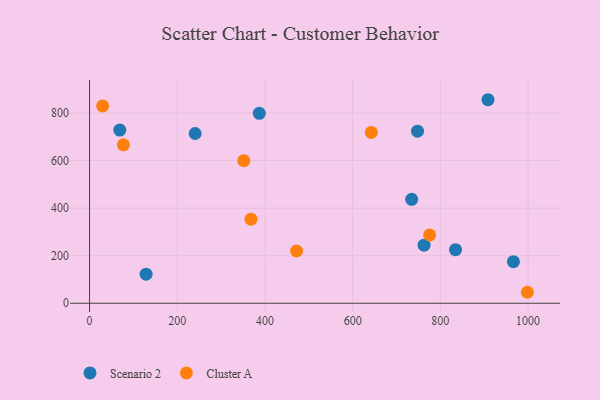
{"axis": {"x": "Experience", "y": "Exam Score"}, "legend": ["Cluster A", "Scenario 2"], "data": [{"x": "128.9", "y": 122.5, "type": "Scenario 2"}, {"x": "748.0", "y": 723.5, "type": "Scenario 2"}, {"x": "966.7", "y": 174.7, "type": "Scenario 2"}, {"x": "68.9", "y": 728.3, "type": "Scenario 2"}, {"x": "908.7", "y": 855.8, "type": "Scenario 2"}, {"x": "240.8", "y": 713.7, "type": "Scenario 2"}, {"x": "734.6", "y": 437.2, "type": "Scenario 2"}, {"x": "762.8", "y": 244.2, "type": "Scenario 2"}, {"x": "834.6", "y": 225.4, "type": "Scenario 2"}, {"x": "387.1", "y": 798.5, "type": "Scenario 2"}, {"x": "642.5", "y": 718.4, "type": "Cluster A"}, {"x": "775.6", "y": 287.3, "type": "Cluster A"}, {"x": "29.8", "y": 829.8, "type": "Cluster A"}, {"x": "368.2", "y": 353.5, "type": "Cluster A"}, {"x": "998.5", "y": 46.2, "type": "Cluster A"}, {"x": "472.1", "y": 219.8, "type": "Cluster A"}, {"x": "77.2", "y": 666.2, "type": "Cluster A"}, {"x": "351.7", "y": 599.7, "type": "Cluster A"}]}